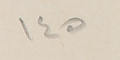
١٤٥